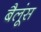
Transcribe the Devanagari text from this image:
बैलूंस